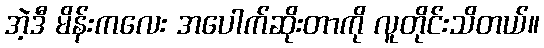
အဲ့ဒီ မိန်းကလေး အပေါက်ဆိုးတာကို လူတိုင်းသိတယ်။